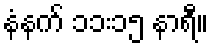
နံနက် ၁၁း၁၅ နာရီ။